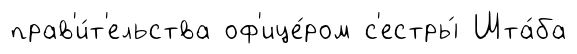
прав'и́т'ельства оф'ице́ром с'естры́ Шта́ба